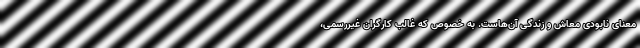
معنای نابودی معاش و زندگی آن‌هاست. به خصوص که غالب کارگران غیررسمی،